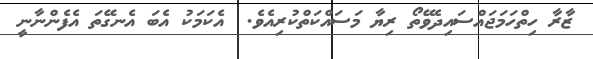
ޒާރާ ހިތްހަމަޖައްސައިދެވޭތޯ ރިޔާ މަސައްކަތްކުރިއެވެ.  އެކަމަކު އެބަ އެނގޭތަ އެފެންނާނީ